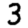
Digit: 3